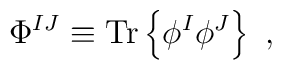
\Phi^{IJ} \equiv {\mathrm{Tr}} \left\{ \phi^{I}\phi^{J} \right\}~,